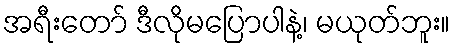
အရီးတော် ဒီလိုမပြောပါနဲ့၊ မယုတ်ဘူး။